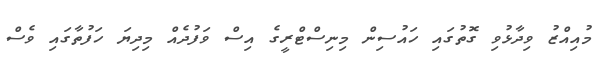
މުއިއްޒު ވިދާޅުވި ގޮތުގައި ހައުސިން މިނިސްޓްރީގެ އިސް ވަފުދެއް މިދިޔަ ހަފުތާގައި ވެސް